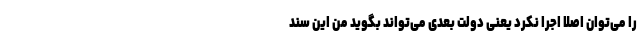
را می‌توان اصلا اجرا نکرد یعنی دولت بعدی می‌تواند بگوید من این سند